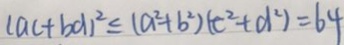
( a c + b d ) ^ { 2 } \leq ( a ^ { 2 } + b ^ { 2 } ) ( c ^ { 2 } + d ^ { 2 } ) = 6 4